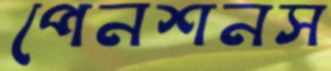
পেনশনস